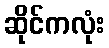
ဆိုင်ကလုံး